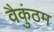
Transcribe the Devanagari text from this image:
वैकुंठम